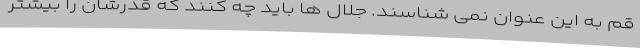
قم به این عنوان نمی شناسند. جلال ها باید چه کنند که قدرشان را بیشتر